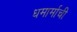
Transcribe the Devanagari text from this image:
धमार्माची